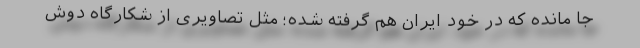
جا مانده که در خود ایران هم گرفته شده؛ مثل تصاویری از شکارگاه دوش